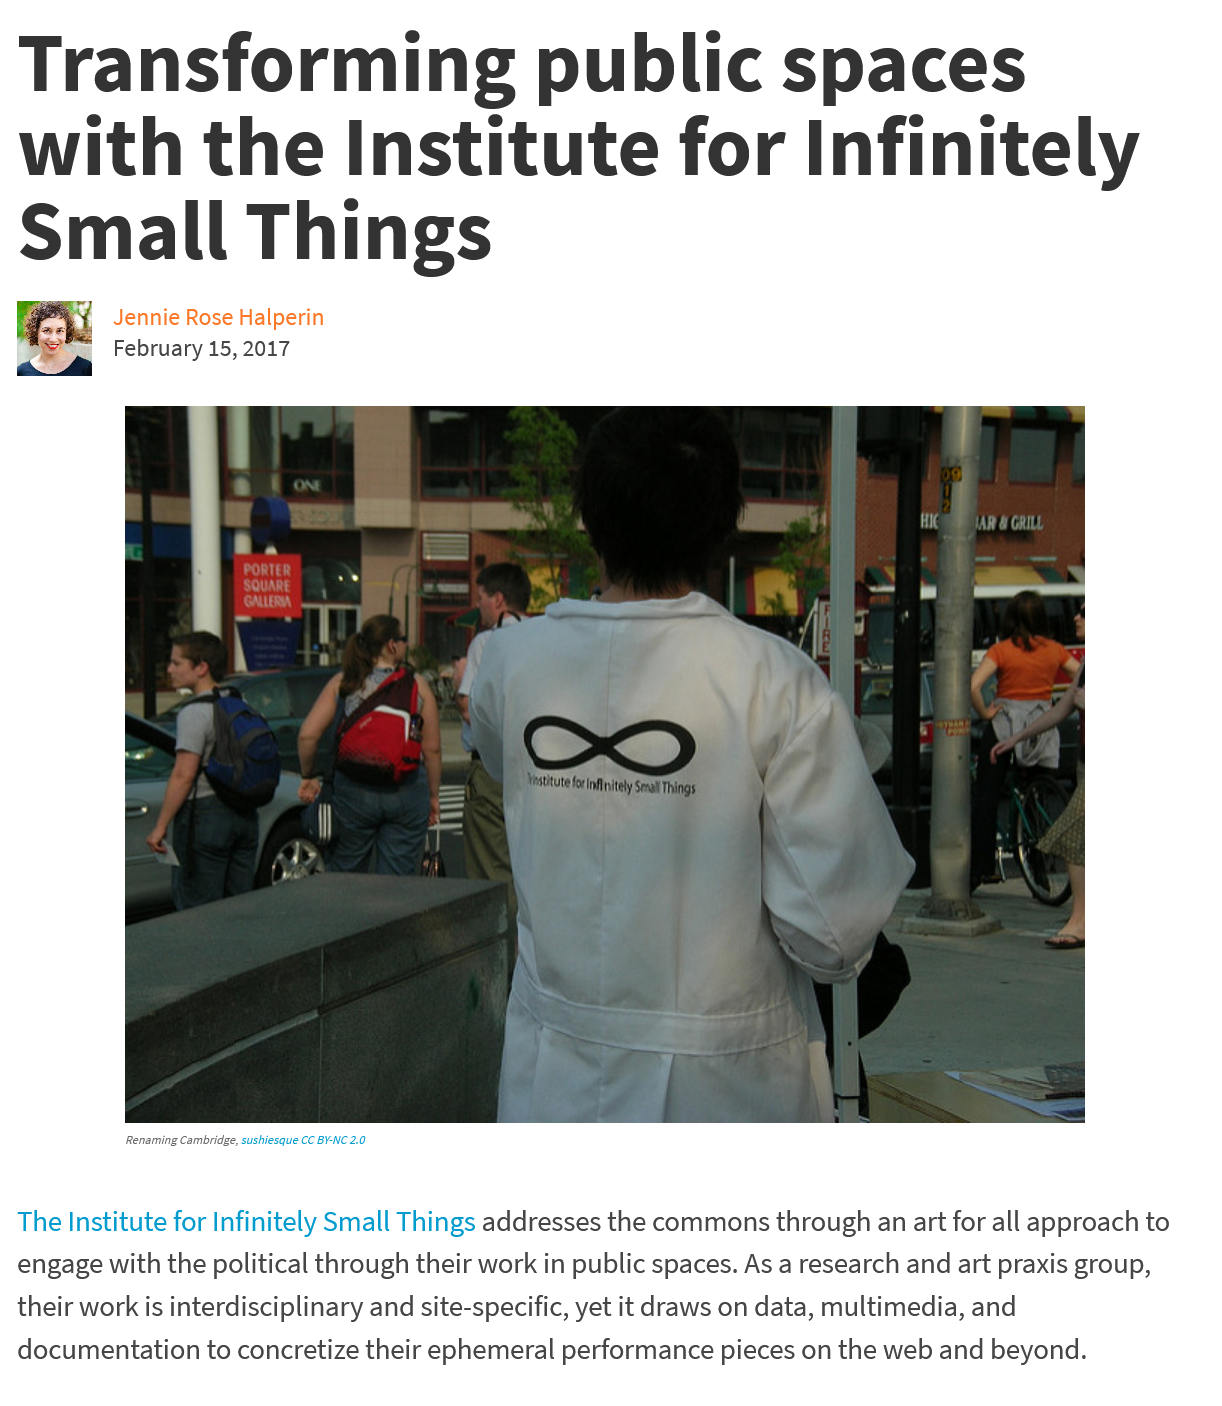
Transforming    public    spaces
  with    the    Institute    for    Infinitely
  Small    Things
  The Institute for Infinitely Small Things addresses the commons through an art for all approach to
  engage with the political through their work in public spaces. As a research and art praxis group,
  their work is interdisciplinary and site-specific, yet it draws on data, multimedia, and
  documentation to concretize their ephemeral performance pieces on the web and beyond.
     ®.
     penny
     CTE)
     stitute forintnitely Smal Things
     Renaming Cambridge, sushiesque CC BY-NC 2.0
     Jennie Rose Halperin
     February 15, 2017